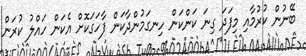
ބޭނުން ކުރުމާއި މިފަދަ ގިނަ ކަންކަން ހިނގަމުންދާކަން ފާހަގަކޮށް އެކަން ހައްލު ކުރަން